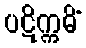
ပဋိက္ကမိံ